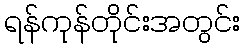
ရန်ကုန်တိုင်းအတွင်း